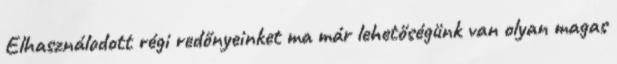
Elhasználodott régi redőnyeinket ma már lehetőségünk van olyan magas